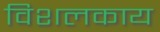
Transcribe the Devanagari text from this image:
विशलकाय